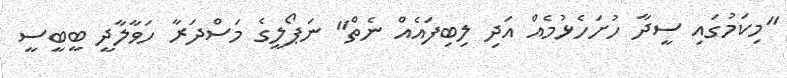
"މިކަމުގައި ސީދާ ހުށަހެޅުމެއް އަދި ލިބިފައެއް ނެތް" ނަޕޯލީގެ މަސްދަރާ ހަވާލާދީ ބީބީސީ